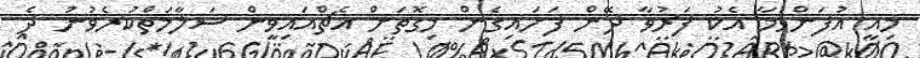
މިއީ އުފަންވުމާ އެކު ފަރުވާ ދޭން ފަށައިގެން މިގޮތަށް އެޗްއައިވީން ސަލާމަތްކުރެވުނު ދެ